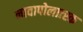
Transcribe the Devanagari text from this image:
नावापोलात्स्क